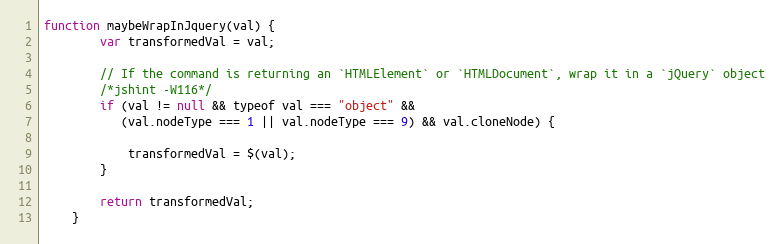
Language: JavaScript
function maybeWrapInJquery(val) {
        var transformedVal = val;

        // If the command is returning an `HTMLElement` or `HTMLDocument`, wrap it in a `jQuery` object
        /*jshint -W116*/
        if (val != null && typeof val === "object" &&
           (val.nodeType === 1 || val.nodeType === 9) && val.cloneNode) {

            transformedVal = $(val);
        }

        return transformedVal;
    }